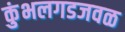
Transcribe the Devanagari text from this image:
कुंभलगडजवळ